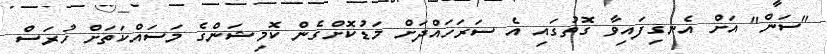
"ސަން" އަށް އެނގިފައިވާ ގޮތުގައި އެ ސަރަހައްދަށް މަޑުކޮށްގެން ކޮމިޝަންގެ މަސައްކަަތަށް ހުރަސް